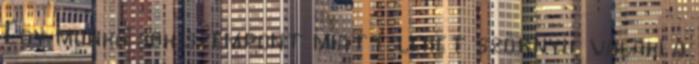
Egy munka sok szempont miatt lehet szörnyű, valaki a